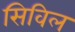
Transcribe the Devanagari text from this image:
सिविल